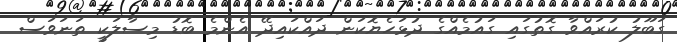
ގަބޫލު ކުރައްވާ ގޮތުގައި ގައުމެއްގެ ދުޅަހެޔޮކަން ދައްކައިދޭ އެންމެ ބޮޑު މިސާލަކީ ތަނަވަސް